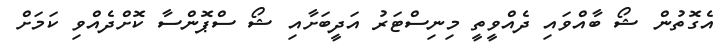
އެގޮތުން ޝޯ ބާއްވައި ދެއްވީތީ މިނިސްޓަރު އަދީބަށާއި ޝޯ ސްޕޮންސާ ކޮށްދެއްވި ކަމަށް